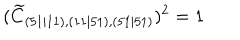
( \widetilde { C } _ { ( 5 1 \mid 1 1 ) , ( 1 1 \mid 5 1 ) , ( 5 1 \mid 5 1 ) } ) ^ { 2 } = 1